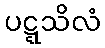
ပဋ္ဋသိလံ